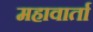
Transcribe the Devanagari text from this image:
महावार्ता